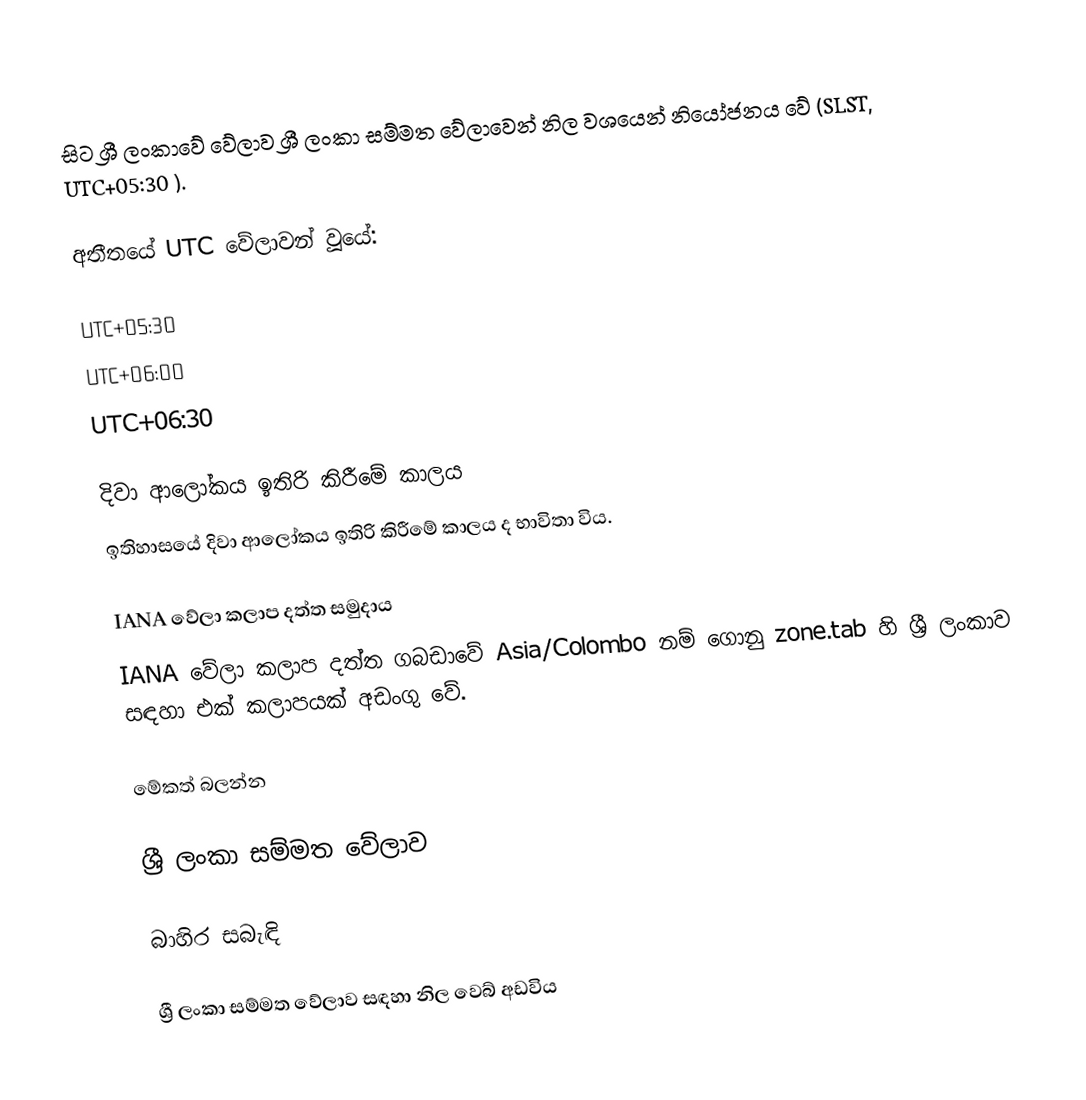
සිට ශ්‍රී ලංකාවේ වේලාව ශ්‍රී ලංකා සම්මත වේලාවෙන් නිල වශයෙන් නියෝජනය වේ (SLST, UTC+05:30 ).

අතීතයේ UTC වේලාවන් වූයේ:

 UTC+05:30
 UTC+06:00
 UTC+06:30

දිවා ආලෝකය ඉතිරි කිරීමේ කාලය
ඉතිහාසයේ දිවා ආලෝකය ඉතිරි කිරීමේ කාලය ද භාවිතා විය.

IANA වේලා කලාප දත්ත සමුදාය
IANA වේලා කලාප දත්ත ගබඩාවේ Asia/Colombo නම් ගොනු zone.tab හි ශ්‍රී ලංකාව සඳහා එක් කලාපයක් අඩංගු වේ.

මේකත් බලන්න

 ශ්‍රී ලංකා සම්මත වේලාව

බාහිර සබැඳි

 ශ්‍රී ලංකා සම්මත වේලාව සඳහා නිල වෙබ් අඩවිය